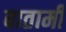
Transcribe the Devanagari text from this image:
बातामी